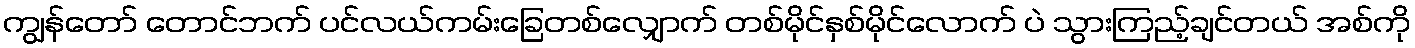
ကျွန်တော် တောင်ဘက် ပင်လယ်ကမ်းခြေတစ်လျှောက် တစ်မိုင်နှစ်မိုင်လောက် ပဲ သွားကြည့်ချင်တယ် အစ်ကို